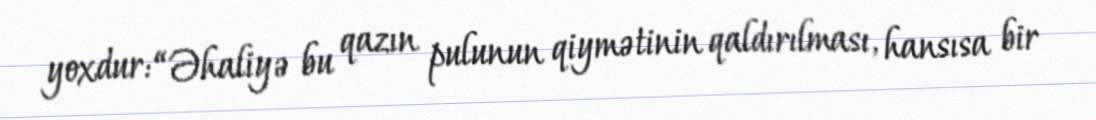
yoxdur: “Əhaliyə bu qazın pulunun qiymətinin qaldırılması, hansısa bir